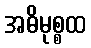
အဓိမုစ္စထ